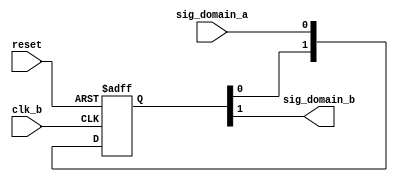
// -----------------------------------------------------------------------------
// Copyright  2017 Yauheni Lychkouski. All Rights Reserved
//
// Unauthorized copying of this file, via any medium is strictly prohibited
// Proprietary and confidential
// -----------------------------------------------------------------------------
// Description: Block for crossing signal from one clk domain to another
// -----------------------------------------------------------------------------


module crossdomain_signal (
    input         reset,
//    input         clk_a,
    input         clk_b,
    input         sig_domain_a,
    output        sig_domain_b
);

    reg [1:0] sig_domain_b_reg;
    always @(posedge reset or posedge clk_b) begin
        if (reset) begin
            sig_domain_b_reg <= 2'b0;
        end
        else begin
            sig_domain_b_reg[1:0] <= { sig_domain_b_reg[0], sig_domain_a };
        end
    end

    assign sig_domain_b = sig_domain_b_reg[1];

endmodule